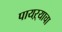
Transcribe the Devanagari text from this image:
पायऱ्याचा